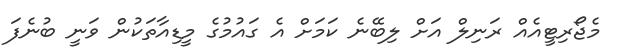
މެޖޯރިޓީއެއް ރަނިލް އަށް ލިބޭނެ ކަމަށް އެ ގައުމުގެ މީޑިއާތަކުން ވަނީ ބުނެފަ